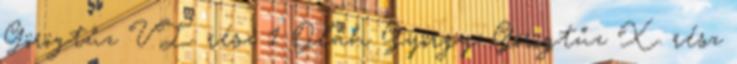
Görögtűz VI. rész 1 Oláh György: Görögtűz X. rész